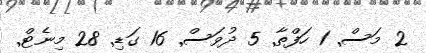
2 މަސް